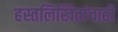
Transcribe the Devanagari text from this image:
हस्तलिखितांचाही